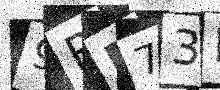
Text: 9RD73H